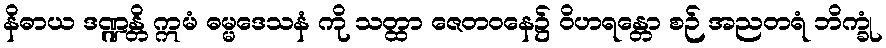
နိဓာယ ဒဏ္ဍန္တိ ဣမံ ဓမ္မဒေသနံ ကို သတ္ထာ ဇေတဝနေ၌ ဝိဟရန္တော စဉ် အညတရံ ဘိက္ခုံ